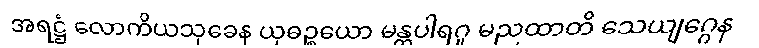
အရဋ္ဌံ လောကိယသုခေန ယုဓဉ္စယော မန္တပါရဂူ မညထာတိ သေယျဂ္ဂေန